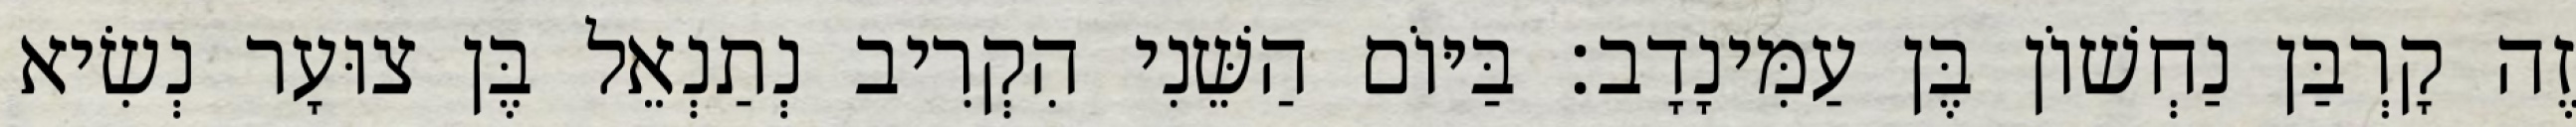
זֶה קָרְבַּן נַחְשׁוֹן בֶּן עַמִּינָדָב׃ בַּיּוֹם הַשֵּׁנִי הִקְרִיב נְתַנְאֵל בֶּן צוּעָר נְשִׂיא